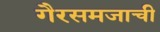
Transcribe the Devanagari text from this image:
गैरसमजाची